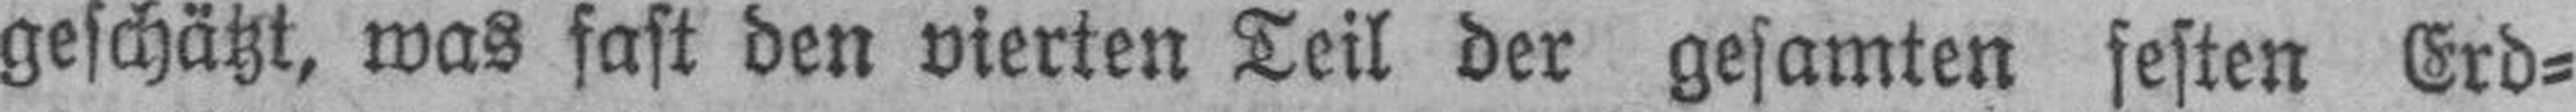
geschätzt, was fast den vierten Teil der gesamten festen Erd¬